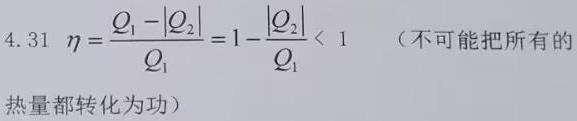
4.31  $\eta=\frac{Q_{1}-\left|Q_{2}\right|}{Q_{1}}=1-\frac{\left|Q_{2}\right|}{Q_{1}}<1$ （不可能把所有的热量都转化为功）